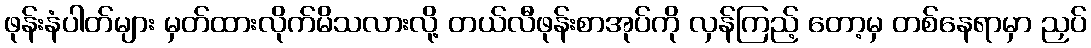
ဖုန်းနံပါတ်များ မှတ်ထားလိုက်မိသလားလို့ တယ်လီဖုန်းစာအုပ်ကို လှန်ကြည့် တော့မှ တစ်နေရာမှာ ညှပ်